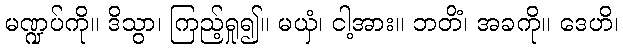
မဏ္ဍပ်ကို။ ဒိသွာ၊ ကြည့်ရှု၍။ မယှံ၊ ငါ့အား။ ဘတိံ၊ အခကို။ ဒေဟိ၊